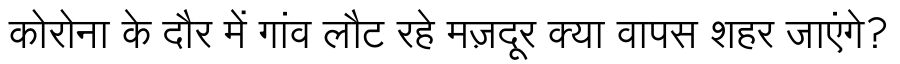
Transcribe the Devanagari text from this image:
कोरोना के दौर में गांव लौट रहे मज़दूर क्या वापस शहर जाएंगे?